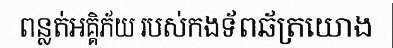
ពន្លត់អគ្គិភ័យ របស់កងទ័ពឆ័ត្រយោង